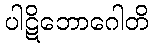
ပါဋိဘောဂေါတိ